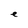
Character: e